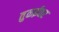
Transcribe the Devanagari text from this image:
तुळईवर